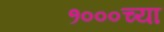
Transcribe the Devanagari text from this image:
१०००च्या